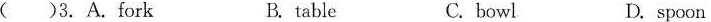
()3.A.fork B.table C.bowl D.spoon